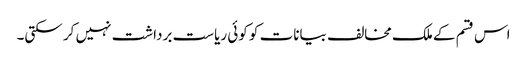
اس قسم کے ملک مخالف بیانات کو کوئی ریاست برداشت نہیں کر سکتی۔